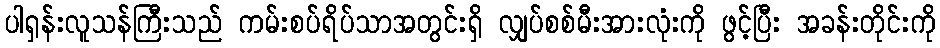
ပါရှန်းလူသန်ကြီးသည် ကမ်းစပ်ရိပ်သာအတွင်းရှိ လျှပ်စစ်မီးအားလုံးကို ဖွင့်ပြီး အခန်းတိုင်းကို